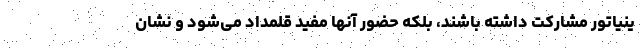
ینیاتور مشارکت داشته باشند، بلکه حضور آنها مفید قلمداد می‌شود و نشان